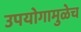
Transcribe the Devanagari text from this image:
उपयोगामुळेच